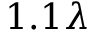
1 . 1 \lambda